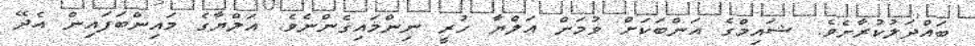
ބައްދަލުކުރާށެވެ. ޝައިމްގެ އަންބަކަށް ވުމަށް އަލްޔާ ހުރީ ނިންމައިގެންނެވެ. އަލްޔާގެ މައިންބަފައިން އެދޭ